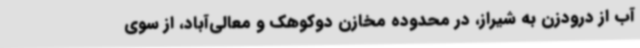
آب از درودزن به شیراز، در محدوده مخازن دوکوهک و معالی‌آباد، از سوی